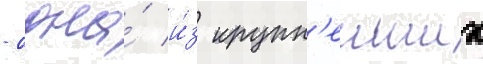
- одна́ и́з крупн'еиших